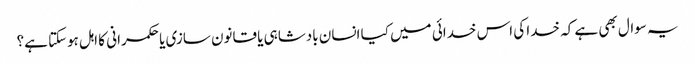
یہ سوال بھی ہے کہ خدا کی اس خدائی میں کیا انسان بادشاہی یا قانون سازی یا حکمرانی کا اہل ہوسکتا ہے؟